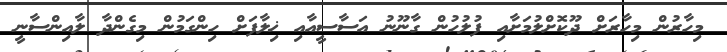
މިހާރުން މިހާރަށް ދޫކޮށްލުމަށާއި ފުލުހުން ގާނޫނު އަސާސީއާއި ޚިލާފަށް ހިންގަމުން މިގެންދާ ލާއިންސާނީ